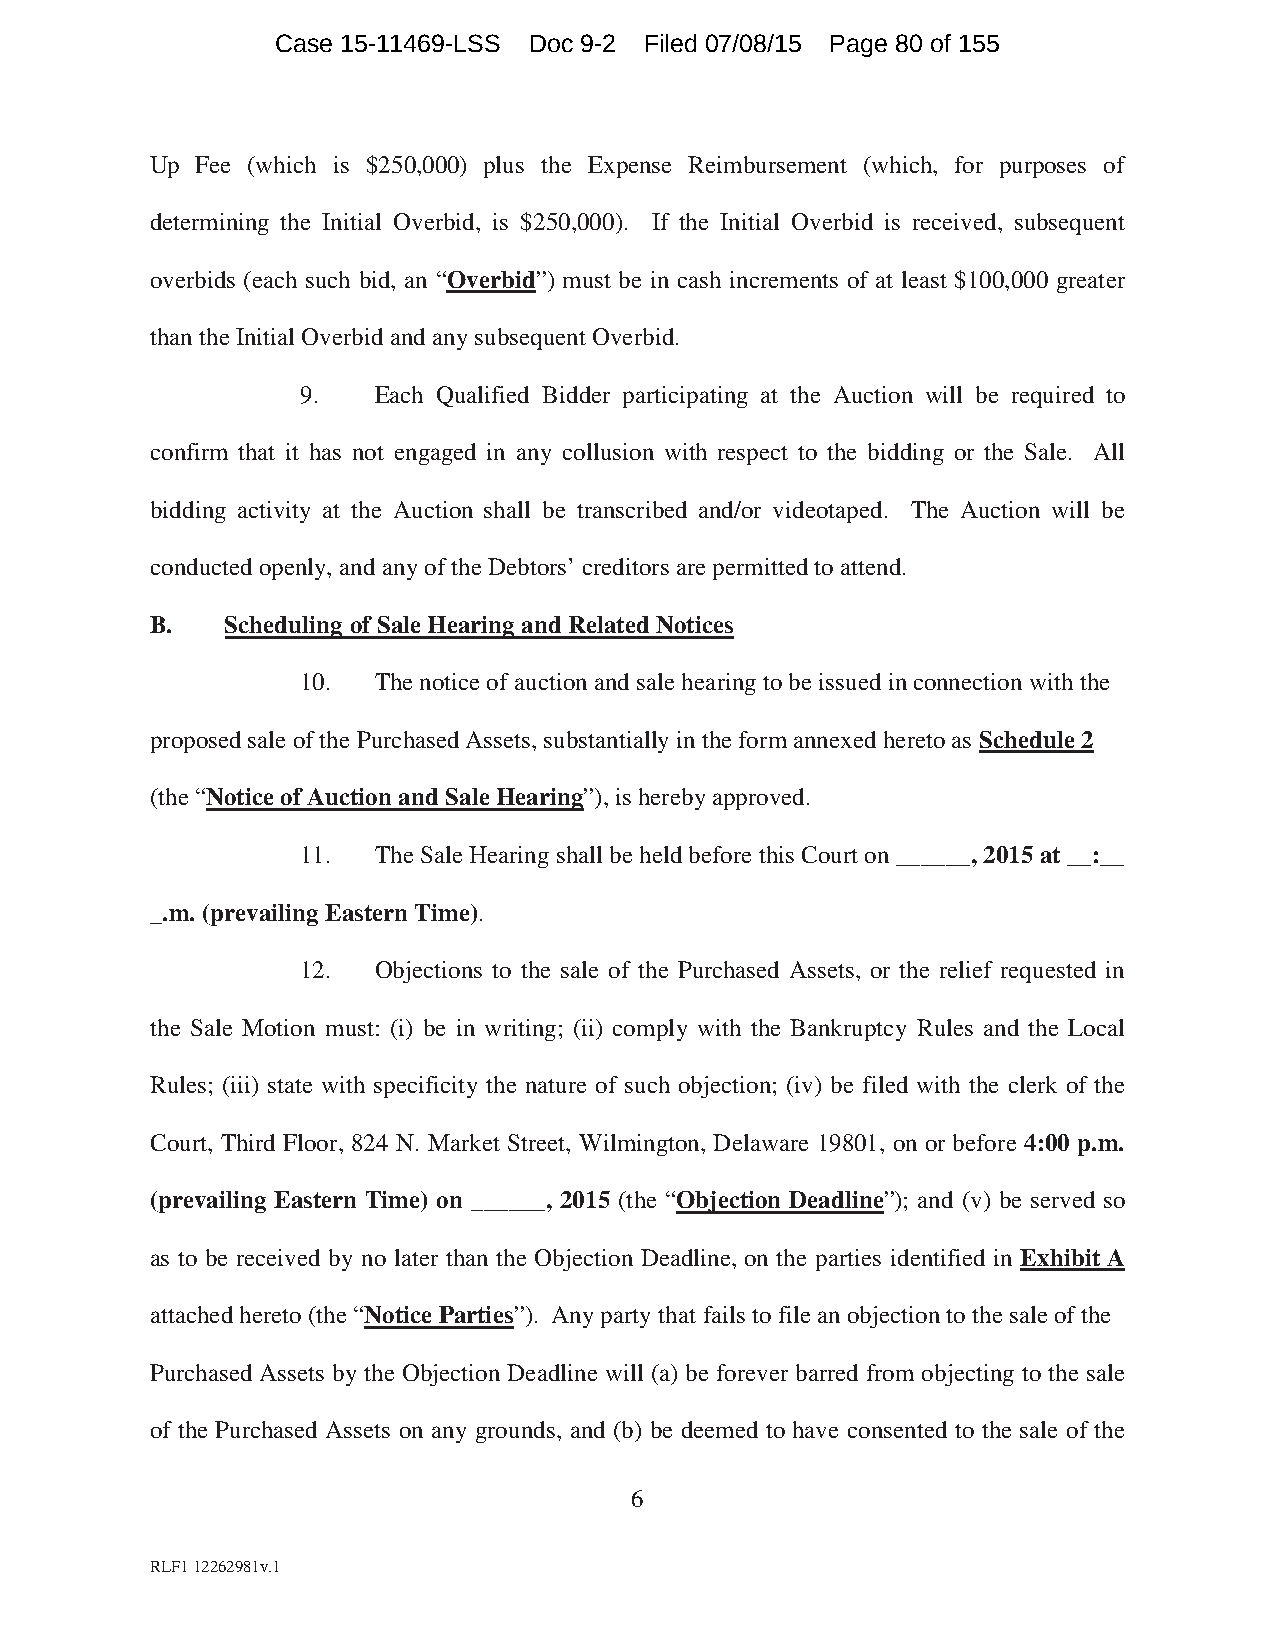
Case 15-11469-LSS Doc 9-2 Filed 07/08/15 Page 80 of 155
 Up Fee (which is $250,000) plus the Expense Reimbursement (which, for purposes of
 determining the Initial Overbid, is $250,000). If the Initial Overbid is received, subsequent
 overbids (each such bid, an “Overbid”) must be in cash increments of at least $100,000 greater
 than the Initial Overbid and any subsequent Overbid.
 9.   Each Qualified Bidder participating at the Auction will be required to
 confirm that it has not engaged in any collusion with respect to the bidding or the Sale. All
 bidding activity at the Auction shall be transcribed and/or videotaped. The Auction will be
 conducted openly, and any of the Debtors’ creditors are permitted to attend.
 B.   Scheduling of Sale Hearing and Related Notices
 10.  The notice of auction and sale hearing to be issued in connection with the
 proposed sale of the Purchased Assets, substantially in the form annexed hereto as Schedule 2
 (the “Notice of Auction and Sale Hearing”), is hereby approved.
 11.  The Sale Hearing shall be held before this Court on ______, 2015 at __:__
 _.m. (prevailing Eastern Time).
 12.  Objections to the sale of the Purchased Assets, or the relief requested in
 the Sale Motion must: (i) be in writing; (ii) comply with the Bankruptcy Rules and the Local
 Rules; (iii) state with specificity the nature of such objection; (iv) be filed with the clerk of the
 Court, Third Floor, 824 N. Market Street, Wilmington, Delaware 19801, on or before 4:00 p.m.
 (prevailing Eastern Time) on ______, 2015 (the “Objection Deadline”); and (v) be served so
 as to be received by no later than the Objection Deadline, on the parties identified in Exhibit A
 attached hereto (the “Notice Parties”). Any party that fails to file an objection to the sale of the
 Purchased Assets by the Objection Deadline will (a) be forever barred from objecting to the sale
 of the Purchased Assets on any grounds, and (b) be deemed to have consented to the sale of the
 6
 RLF1 12262981v.1